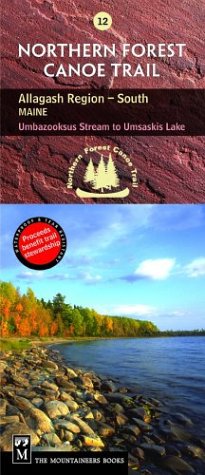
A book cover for Northern Forest Canoe Trail: Allagash Region, South, Maine, Umbazooksus Stream to Umsaskis Lake (Northern Forest Canoe Trail Maps); Northern Forest Canoe Trail; Travel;